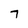
Character: 7